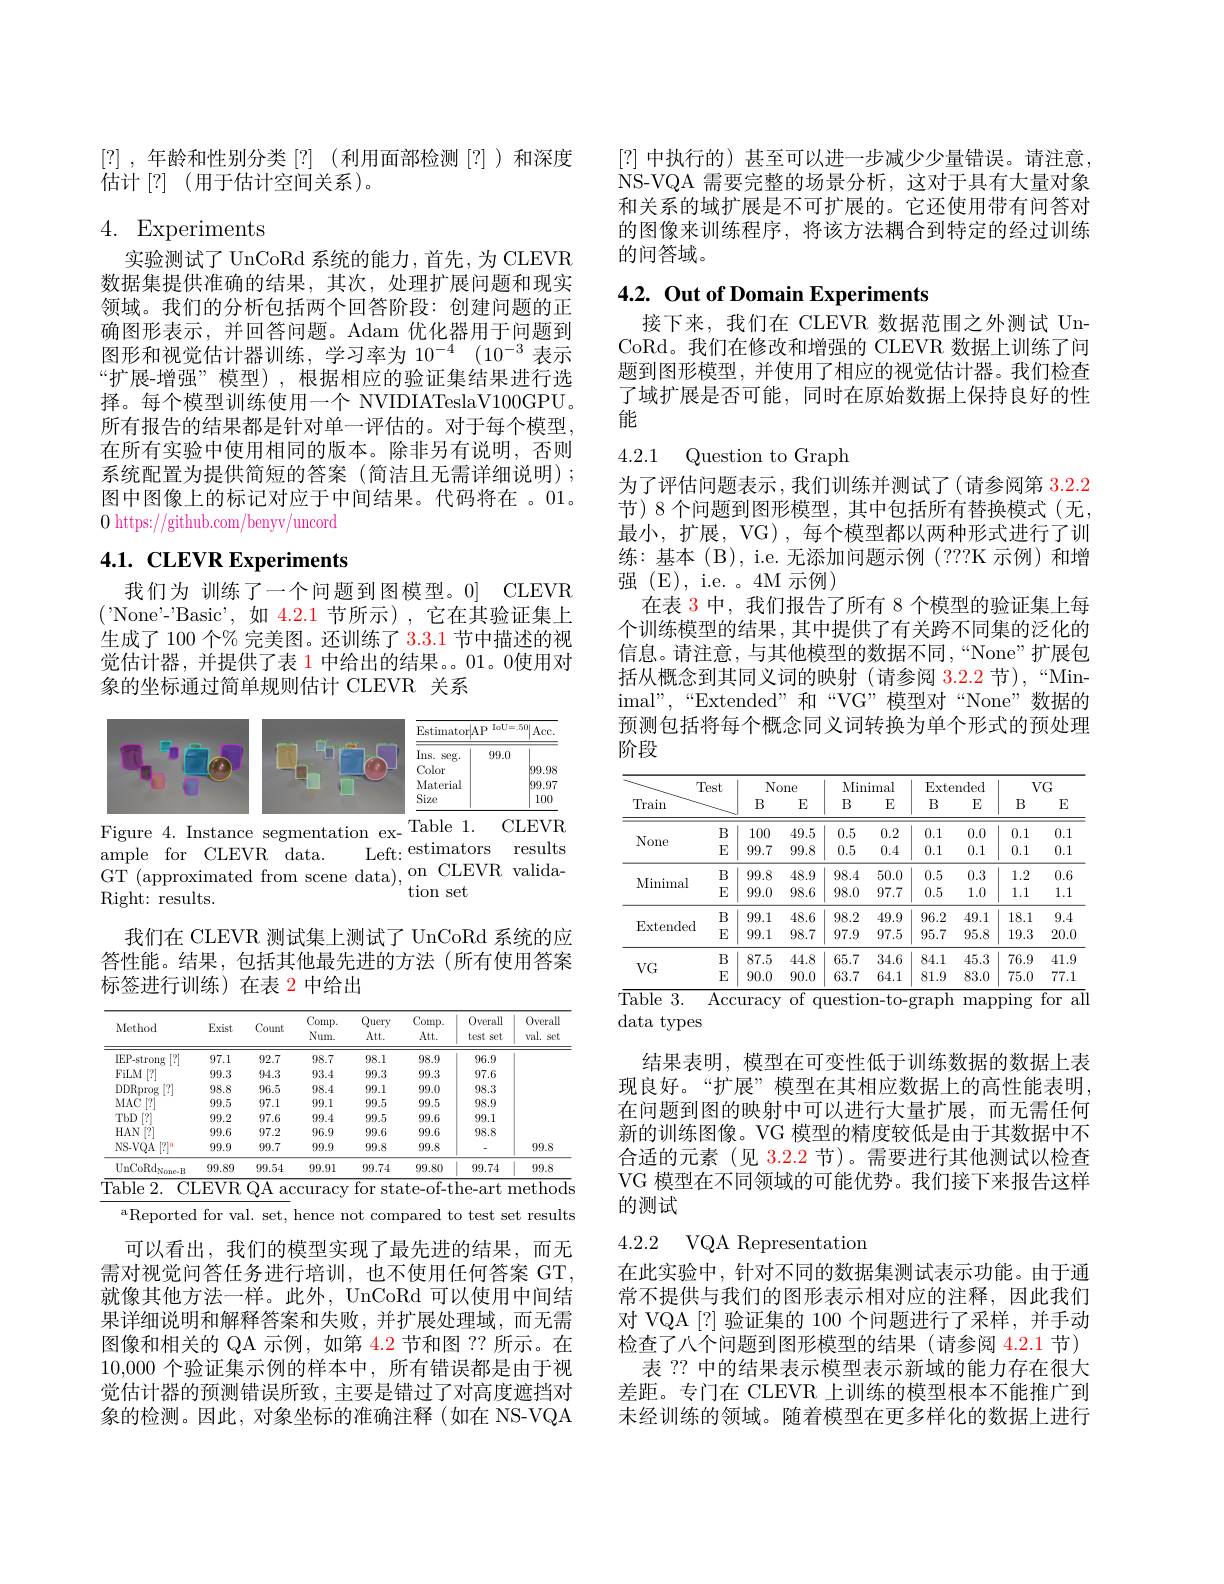
[?],年龄和性别分类[?](利用面部检测[?])和深度
估计[?](用于估计空间关系)。

# 4. Experiments

实验测试了 UnCoRd 系统的能力，首先，为 CLEVR 数据集提供准确的结果，其次，处理扩展问题和现实领域。我们的分析包括两个回答阶段：创建问题的正确图形表示，并回答问题。Adam 优化器用于问题到图形和视觉估计器训练，学习率为$10^{-4}(10^{-3}$表示“扩展-增强”模型),根据相应的验证集结果进行选择。每个模型训练使用一个 NVIDIATeslaV100GPU。所有报告的结果都是针对单一评估的。对于每个模型， 在所有实验中使用相同的版本。除非另有说明，否则系统配置为提供简短的答案(简洁且无需详细说明); 图中图像上的标记对应于中间结果。代码将在 。01。0 https://github.com/benyv/uncord

# 4.1. CLEVR Experiments

我们为 训练了一个问题到图模型。0] CLEVR ('None'-'Basic',如 4.2.1节所示),它在其验证集上生成了 100 个% 完美图。还训练了3.3.1节中描述的视觉估计器，并提供了表 1 中给出的结果。01。0使用对象的坐标通过简单规则估计 CLEVR 关系

<FigureHere>
Figure 4. Instance segmentation ex- Table 1.
CLEVR

Left: estimators results
ample for CLEVR data.
GT (approximated from scene data).on CLEVR valida-
' tion set
Right: results.

我们在 CLEVR 测试集上测试了 UnCoRd 系统的应答性能。结果，包括其他最先进的方法(所有使用答案标签进行训练)在表 2 中给出

<table>
	<tbody>
		<tr>
			<th>Method</th>
			<th>Exist</th>
			<th>Count</th>
			<th>Comp. Num.</th>
			<th>Query $Att.$</th>
			<th>Comp. $\Lambda tt.$</th>
			<th>Overall test set</th>
			<th>0verall val. Set</th>
		</tr>
		<tr>
			<td>IEP-strong [?]</td>
			<td>97.1</td>
			<td>92.7</td>
			<td>98.7</td>
			<td>98.1</td>
			<td>98.9</td>
			<td>96.9</td>
			<td> </td>
		</tr>
		<tr>
			<td>FiLM [?]</td>
			<td>99.3</td>
			<td>94.3</td>
			<td>93.4</td>
			<td>99.3</td>
			<td>99.3</td>
			<td>97.6</td>
			<td> </td>
		</tr>
		<tr>
			<td>DDRprog $\left[\begin{array}{c}?\\?\end{array}\right]$</td>
			<td>98.8</td>
			<td>96.5</td>
			<td>98.4</td>
			<td>99.1</td>
			<td>99.0</td>
			<td>98.3</td>
			<td> </td>
		</tr>
		<tr>
			<td>$MAC$ [7]</td>
			<td>99.5</td>
			<td>97.1</td>
			<td>99.1</td>
			<td>99.5</td>
			<td>99.5</td>
			<td>98.9</td>
			<td> </td>
		</tr>
		<tr>
			<td>TbD $\begin{bmatrix}?\\1\end{bmatrix}$</td>
			<td>99.2</td>
			<td>97.6</td>
			<td>99.4</td>
			<td>99.5</td>
			<td>99.6</td>
			<td>99.1</td>
			<td> </td>
		</tr>
		<tr>
			<td>$HAN$ 17</td>
			<td>99.6</td>
			<td>97.2</td>
			<td>96.9</td>
			<td>99.6</td>
			<td>99.6</td>
			<td>98.8</td>
			<td> </td>
		</tr>
		<tr>
			<td>NS- VQA $[?]^{\text{ส}}$</td>
			<td>99.9</td>
			<td>99.7</td>
			<td>99.9</td>
			<td>99.8</td>
			<td>99.8</td>
			<td> </td>
			<td>99.8</td>
		</tr>
		<tr>
			<td>$\mathrm{UnCoRd}_{\mathrm{Nonc-B}}$</td>
			<td>99.89</td>
			<td>99.54</td>
			<td>99.91</td>
			<td>99.74</td>
			<td>99.80</td>
			<td>99.74</td>
			<td>99.8</td>
		</tr>
	</tbody>
</table>
Table 2. CLEVR QA accuracy for state-of-the-art methods

$^{\mathrm{a}}$Reported for val. set, hence not compared to test set results

可以看出，我们的模型实现了最先进的结果，而无需对视觉问答任务进行培训，也不使用任何答案 GT, 就像其他方法一样。此外，UnCoRd 可以使用中间结果详细说明和解释答案和失败，并扩展处理域，而无需图像和相关的 QA 示例，如第 4.2 节和图 ?? 所示。在10,000个验证集示例的样本中，所有错误都是由于视觉估计器的预测错误所致，主要是错过了对高度遮挡对象的检测。因此，对象坐标的准确注释(如在 NS-VQA

[?] 中执行的) 甚至可以进一步减少少量错误。请注意， NS-VQA 需要完整的场景分析，这对于具有大量对象和关系的域扩展是不可扩展的。它还使用带有问答对的图像来训练程序，将该方法耦合到特定的经过训练的问答域。

# 4.2. Out of Domain Experiments

接下来，我们在 CLEVR 数据范围之外测试 UnCoRd。我们在修改和增强的 CLEVR 数据上训练了问题到图形模型，并使用了相应的视觉估计器。我们检查了域扩展是否可能，同时在原始数据上保持良好的性能

4.2.1 Question to Graph

为了评估问题表示，我们训练并测试了(请参阅第3.2.2节)8个问题到图形模型，其中包括所有替换模式(无， 最小，扩展，VG), 每个模型都以两种形式进行了训练：基本(B),i.e.无添加问题示例(???K 示例)和增强(E), i.e. 6 4M 示例)
在表 3 中，我们报告了所有 8 个模型的验证集上每个训练模型的结果，其中提供了有关跨不同集的泛化的信息。请注意，与其他模型的数据不同，“None”扩展包括从概念到其同义词的映射(请参阅 3.2.2 节),“Minimal",“Extended”和“VG”模型对“None”数据的预测包括将每个概念同义词转换为单个形式的预处理阶段

<table>
	<tbody>
		<tr>
			<th rowspan="2">$Ti$ Train</th>
			<th rowspan="2">est</th>
			<th colspan="2">None</th>
			<th colspan="2">Minimal</th>
			<th colspan="2">Extended</th>
			<th colspan="2">$VG$</th>
		</tr>
		<tr>
			<th>$B$</th>
			<th>E</th>
			<th>$B$</th>
			<th>E</th>
			<th>B</th>
			<th>E</th>
			<th>B</th>
			<th>E</th>
		</tr>
		<tr>
			<td rowspan="2">None</td>
			<td>$B$</td>
			<td>100</td>
			<td>49.5</td>
			<td>0.5</td>
			<td>0.2</td>
			<td>0.1</td>
			<td>0.0</td>
			<td>0.1</td>
			<td>0.1</td>
		</tr>
		<tr>
			<td>$E$</td>
			<td>99.7</td>
			<td>99.8</td>
			<td>0.5</td>
			<td>0.4</td>
			<td>0.1</td>
			<td>0.1</td>
			<td>0.1</td>
			<td>0.1</td>
		</tr>
		<tr>
			<td rowspan="2">Minimal</td>
			<td>$B$</td>
			<td>99.8</td>
			<td>48.9</td>
			<td>98.4</td>
			<td>50.0</td>
			<td>0.5</td>
			<td>0.3</td>
			<td>1.2</td>
			<td>0.6</td>
		</tr>
		<tr>
			<td>E</td>
			<td>99.0</td>
			<td>98.6</td>
			<td>98.0</td>
			<td>97.7</td>
			<td>0.5</td>
			<td>1.0</td>
			<td>1.1</td>
			<td>1.1</td>
		</tr>
		<tr>
			<td rowspan="2">Extended</td>
			<td>$B$</td>
			<td>99.1</td>
			<td>48.6</td>
			<td>98.2</td>
			<td>49.9</td>
			<td>96.2</td>
			<td>49.1</td>
			<td>18.1</td>
			<td>9.4</td>
		</tr>
		<tr>
			<td>E</td>
			<td>99.1</td>
			<td>98.7</td>
			<td>97.9</td>
			<td>97.5</td>
			<td>95.7</td>
			<td>95.8</td>
			<td>19.3</td>
			<td>20.0</td>
		</tr>
		<tr>
			<td rowspan="2">$VG$</td>
			<td>$B$</td>
			<td>87.5</td>
			<td>44.8</td>
			<td>65.7</td>
			<td>34.6</td>
			<td>84.1</td>
			<td>45.3</td>
			<td>76.9</td>
			<td>41. U </td>
		</tr>
		<tr>
			<td>E</td>
			<td>90.0</td>
			<td>90.0</td>
			<td>63.7</td>
			<td>64.1</td>
			<td>81.9</td>
			<td>83.0</td>
			<td>75.0</td>
			<td>77.1</td>
		</tr>
	</tbody>
</table>
Accuracy of question-to-graph mapping for all

data types

结果表明，模型在可变性低于训练数据的数据上表现良好。“扩展”模型在其相应数据上的高性能表明， 在问题到图的映射中可以进行大量扩展，而无需任何新的训练图像。VG 模型的精度较低是由于其数据中不合适的元素(见 3.2.2 节)。需要进行其他测试以检查VG 模型在不同领域的可能优势。我们接下来报告这样的测试

4.2.2 VQA Representation

在此实验中，针对不同的数据集测试表示功能。由于通常不提供与我们的图形表示相对应的注释，因此我们对 VQA[?]验证集的 100 个问题进行了采样，并手动检查了八个问题到图形模型的结果(请参阅 4.2.1 节)
表 ?? 中的结果表示模型表示新域的能力存在很大差距。专门在 CLEVR 上训练的模型根本不能推广到未经训练的领域。随着模型在更多样化的数据上进行